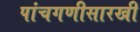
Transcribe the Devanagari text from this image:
पांचगणीसारखी